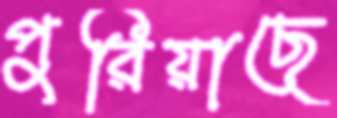
পুরিয়াছে